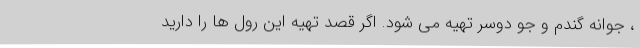
، جوانه گندم و جو دوسر تهیه می شود. اگر قصد تهیه این رول ها را دارید